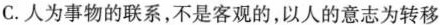
C.人为事物的联系，不是客观的，以人的意志为转移